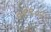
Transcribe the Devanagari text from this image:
०१९०२